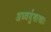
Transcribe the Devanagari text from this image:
अध्वर्युशाखाः